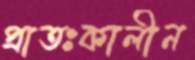
প্রাতঃকালীন